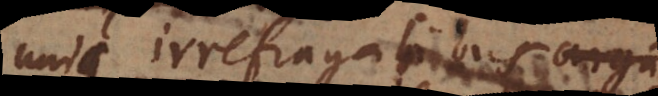
unis irrefragabilibus argu